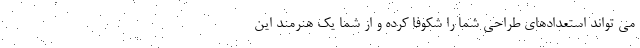
می تواند استعدادهای طراحی شما را شکوفا کرده و از شما یک هنرمند این